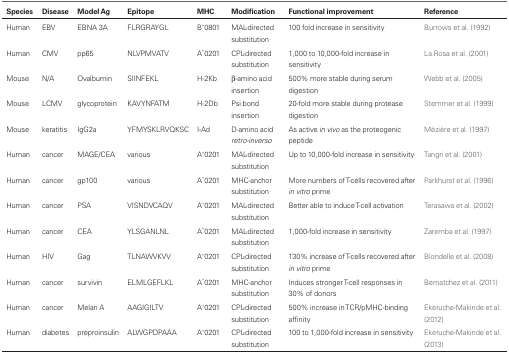
| Species | Disease | Model Ag | Epitope | MHC | Modification | Functional improvement | Reference |
 | --- | --- | --- | --- | --- | --- | --- | --- |
 | Human | EBV | EBNA 3A | FLRGRAYGL | B*0801 | MAL-directed substitution | 100 fold increase in sensitivity | Burrows et al. (1992) |
 | Human | CMV | pp65 | NLVPMVATV | A*0201 | CPL-directed substitution | 1,000 to 10,000-fold increase in sensitivity | La Rosa et al. (2001) |
 | Mouse | N/A | Ovalbumin | SIINFEKL | H-2Kb | β-amino acid insertion | 500% more stable during serum digestion | Webb et al. (2005) |
 | Mouse | LCMV | glycoprotein | KAVYNFATM | H-2Db | Psi bond insertion | 20-fold more stable during protease digestion | Stemmer et al. (1999) |
 | Mouse | keratitis | IgG2a | YFMYSKLRVQKSC | I-Ad | D-amino acid retro-inverso | As active in vivo as the proteogenic peptide | Mézière et al. (1997) |
 | Human | cancer | MAGE/CEA | various | A*0201 | MAL-directed substitution | Up to 10,000-fold increase in sensitivity | Tangri et al. (2001) |
 | Human | cancer | gp100 | various | A*0201 | MHC-anchor substitution | More numbers of T-cells recovered after in vitro prime | Parkhurst et al. (1996) |
 | Human | cancer | PSA | VISNDVCAQV | A*0201 | MAL-directed substitution | Better able to induce T-cell activation | Terasawa et al. (2002) |
 | Human | cancer | CEA | YLSGANLNL | A*0201 | MAL-directed substitution | 1,000-fold increase in sensitivity | Zaremba et al. (1997) |
 | Human | HIV | Gag | TLNAWVKVV | A*0201 | CPL-directed substitution | 130% increase of T-cells recovered after in vitro prime | Blondelle et al. (2008) |
 | Human | cancer | survivin | ELMLGEFLKL | A*0201 | MHC-anchor substitution | Induces stronger T-cell responses in 30% of donors | Bernatchez et al. (2011) |
 | Human | cancer | Melan A | AAGIGILTV | A*0201 | CPL-directed substitution | 500% increase in TCR/pMHC-binding affinity | Ekeruche-Makinde et al. (2012) |
 | Human | diabetes | preproinsulin | ALWGPDPAAA | A*0201 | CPL-directed substitution | 100 to 1,000-fold increase in sensitivity | Ekeruche-Makinde et al. (2013) |